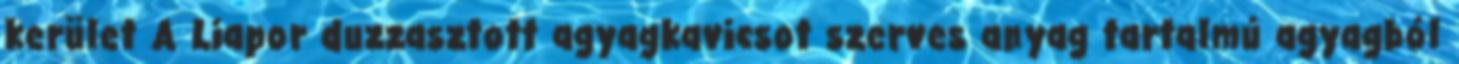
kerület A Liapor duzzasztott agyagkavicsot szerves anyag tartalmú agyagból